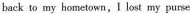
back to my hometown,I lost my purse